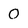
Character: 0